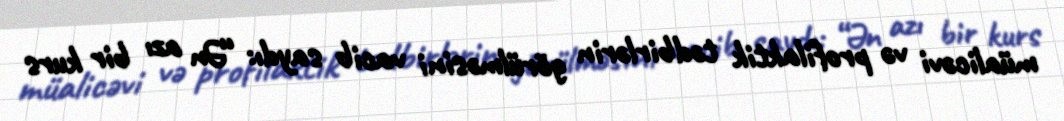
müalicəvi və profilaktik tədbirlərin görülməsini vacib saydı: “Ən azı bir kurs